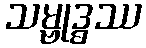
သမ္ဗုဒ္ဓဿ